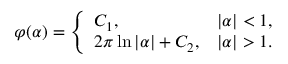
\varphi ( \alpha ) = { \left\{ \begin{array} { l l } { C _ { 1 } , } & { | \alpha | < 1 , } \\ { 2 \pi \ln | \alpha | + C _ { 2 } , } & { | \alpha | > 1 . } \end{array} \right. }